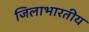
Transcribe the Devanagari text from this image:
जिलाभारतीय